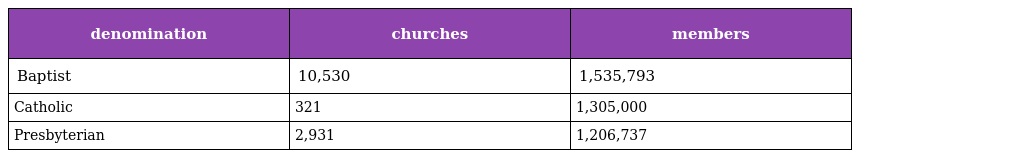
| denomination | churches | members |
 | --- | --- | --- |
 | Baptist | 10,530 | 1,535,793 |
 | Catholic | 321 | 1,305,000 |
 | Presbyterian | 2,931 | 1,206,737 |